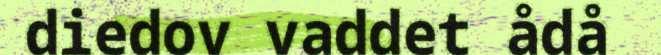
diedov vaddet ådå